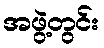
အဖွဲ့တွင်း